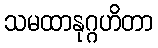
သမထာနုဂ္ဂဟိတာ